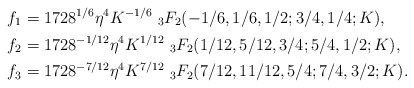
\begin{align*}f_1 &= 1728^{1/6}\eta^{4}K^{-1/6}\ _{3}F_2(-1/6, 1/6, 1/2; 3/4, 1/4; K),\\f_2&=1728^{-1/12}\eta^{4}K^{1/12}\ _{3}F_2(1/12, 5/12, 3/4; 5/4, 1/2; K),\\f_3&=1728^{-7/12}\eta^{4}K^{7/12}\ _{3}F_2(7/12, 11/12, 5/4; 7/4, 3/2; K).\end{align*}